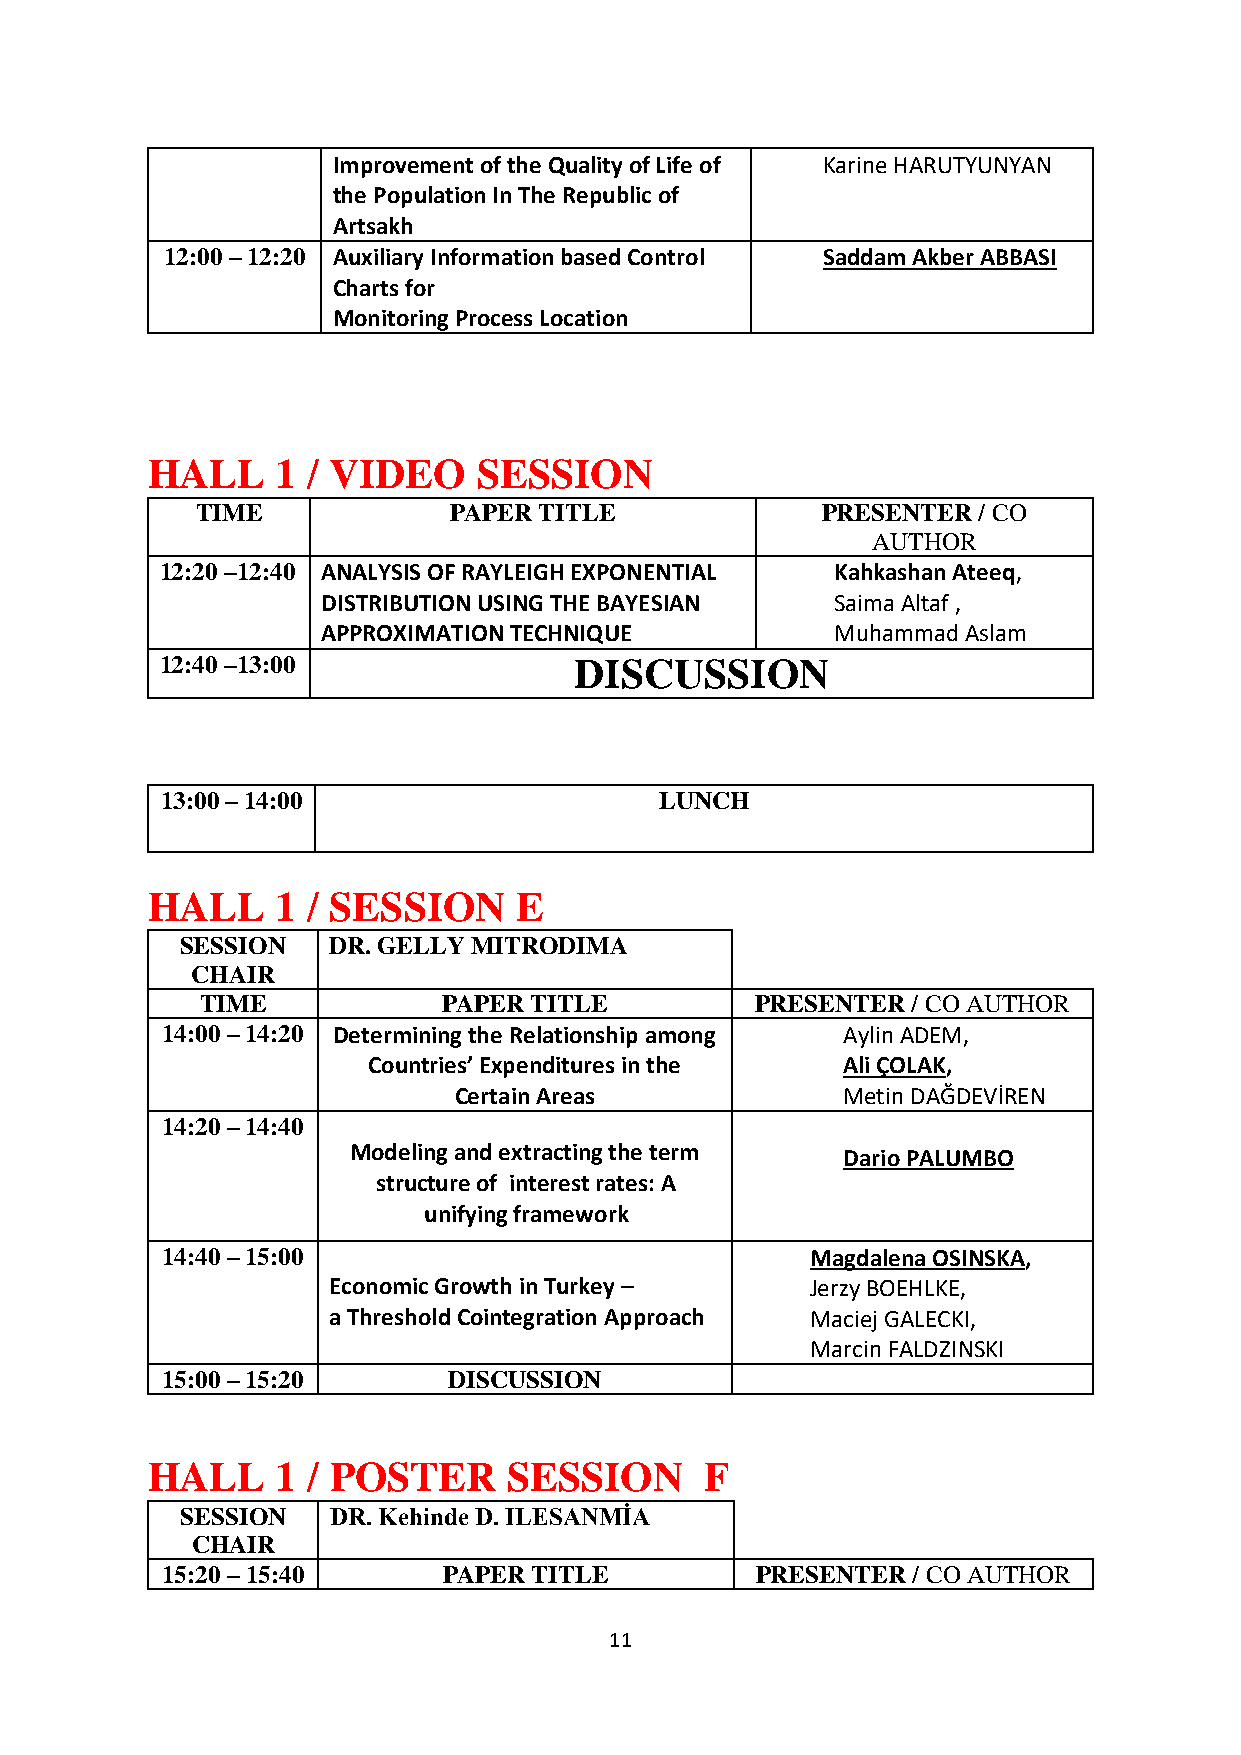
Improvement of the Quality of Life of Karine HARUTYUNYAN
 the Population In The Republic of
 Artsakh
 12:00 – 12:20 Auxiliary Information based Control Saddam Akber ABBASI
 Charts for
 Monitoring Process Location
 HALL    1 / VIDEO     SESSION
 TIME             PAPER TITLE             PRESENTER  / CO
 AUTHOR
 12:20 –12:40 ANALYSIS OF RAYLEIGH EXPONENTIAL Kahkashan Ateeq,
 DISTRIBUTION USING THE BAYESIAN   Saima Altaf ,
 APPROXIMATION TECHNIQUE           Muhammad Aslam
 12:40 –13:00               DISCUSSION
 13:00 – 14:00                    LUNCH
 HALL    1 / SESSION     E
 SESSION   DR. GELLY MITRODIMA
 CHAIR
 TIME            PAPER TITLE          PRESENTER / CO AUTHOR
 14:00 – 14:20 Determining the Relationship among Aylin ADEM,
 Countries’ Expenditures in the  Ali ÇOLAK,
 Certain Areas             Metin DAĞDEVİREN
 14:20 – 14:40
 Modeling and extracting the term Dario PALUMBO
 structure of interest rates: A
 unifying framework
 14:40 – 15:00                              Magdalena OSINSKA,
 Economic Growth in Turkey –     Jerzy BOEHLKE,
 a Threshold Cointegration Approach Maciej GALECKI,
 Marcin FALDZINSKI
 15:00 – 15:20      DISCUSSION
 HALL    1 / POSTER      SESSION      F
 SESSION   DR. Kehinde D. ILESANMİA
 CHAIR
 15:20 – 15:40     PAPER TITLE          PRESENTER / CO AUTHOR
 11